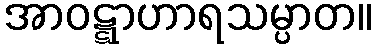
အာဝဋ္ဋာဟာရသမ္ပာတ။